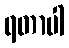
ရတာပါ